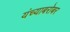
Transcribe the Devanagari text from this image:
यंच्याबरोबर